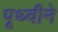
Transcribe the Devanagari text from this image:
पृथ्वीने